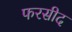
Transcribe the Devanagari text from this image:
फरसीद